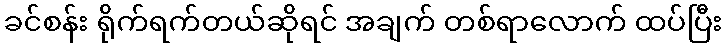
ခင်စန်း ရိုက်ရက်တယ်ဆိုရင် အချက် တစ်ရာလောက် ထပ်ပြီး